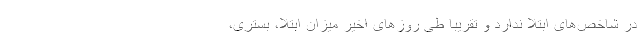
در شاخص‌های ابتلا ندارد و تقریبا طی روزهای اخیر میزان ابتلا، بستری،